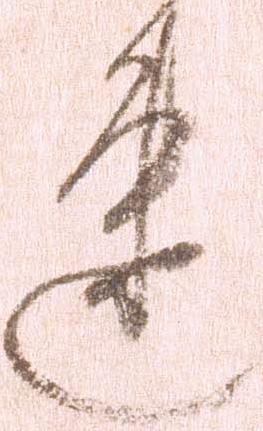
速